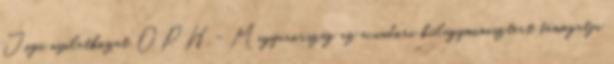
Jogi nyilatkozat OPH - Magyarország az ecuadori külügyminisztert támogatja